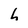
Character: h